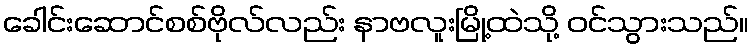
ခေါင်းဆောင်စစ်ဗိုလ်လည်း နာဗလူးမြို့ထဲသို့ ဝင်သွားသည်။